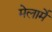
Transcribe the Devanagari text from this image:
मेलार्मे